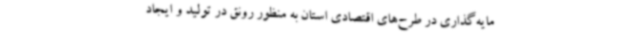
مایه‌گذاری در طرح‌های اقتصادی استان به منظور رونق در تولید و ایجاد